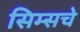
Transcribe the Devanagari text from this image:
सिम्सचे